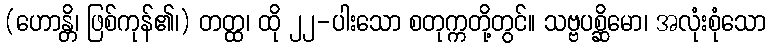
(ဟောန္တိ၊ ဖြစ်ကုန်၏၊) တတ္ထ၊ ထို ၂၂-ပါးသော စတုက္ကတို့တွင်။ သဗ္ဗပစ္ဆိမော၊ အလုံးစုံသော